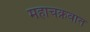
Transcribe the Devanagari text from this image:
महाचक्रवात